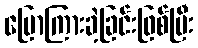
ပြောကြားခဲ့ခြင်းဖြစ်ပြီး